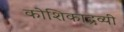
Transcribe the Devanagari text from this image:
कोशिकाद्रव्यी